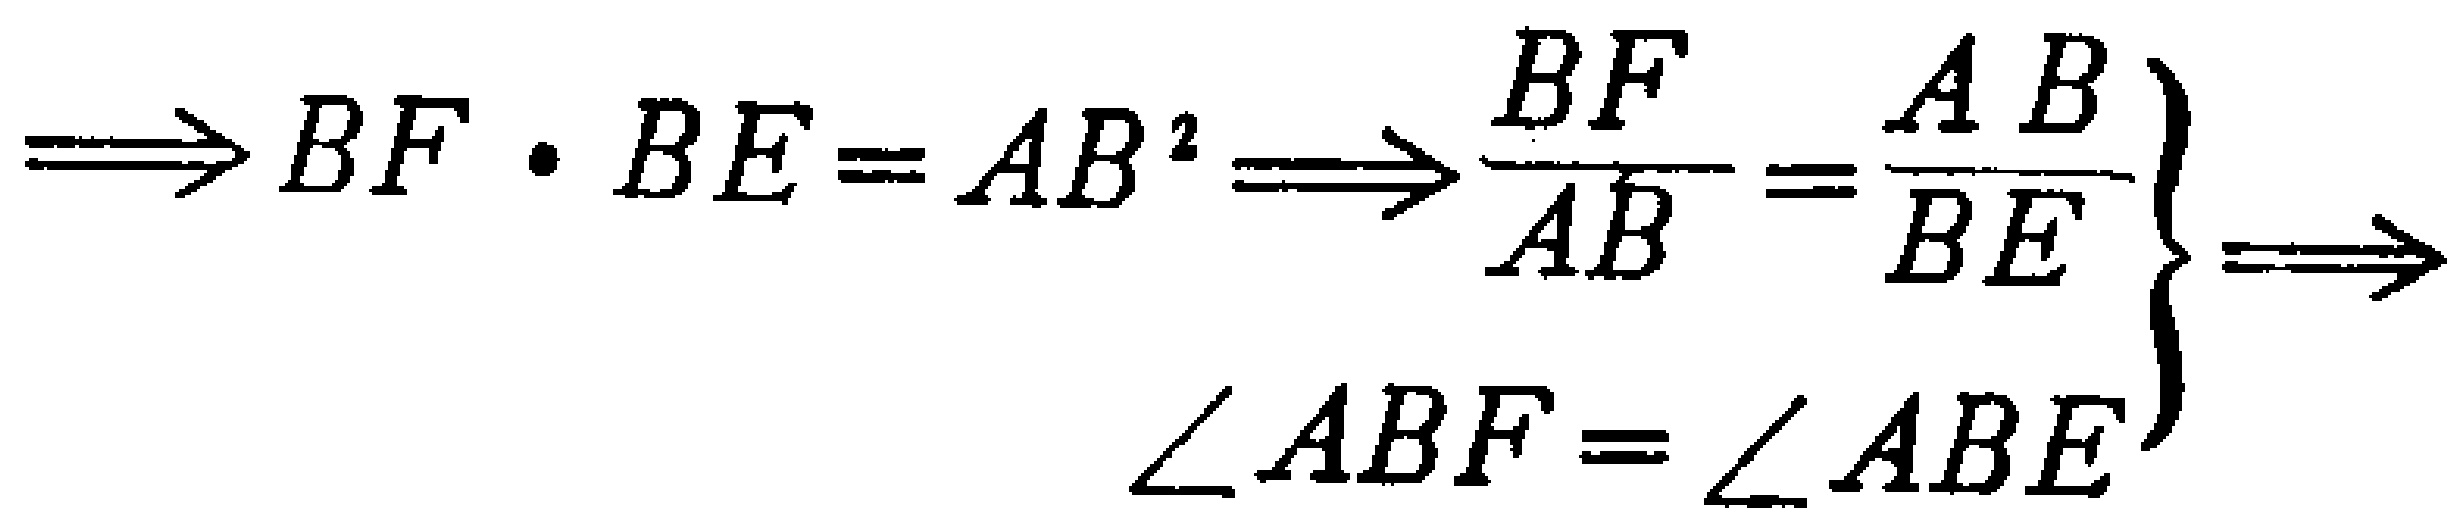
\(\Longrightarrow BF\cdot BE = AB^{2}\Longrightarrow \left.\begin{array}{l}\dfrac{BF}{AB}=\dfrac{AB}{BE}\\\angle ABF = \angle ABE\end{array}\right\}\Longrightarrow\)